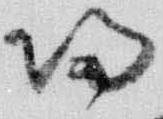
帰